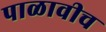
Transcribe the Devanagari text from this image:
पाळावीच